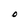
Character: O